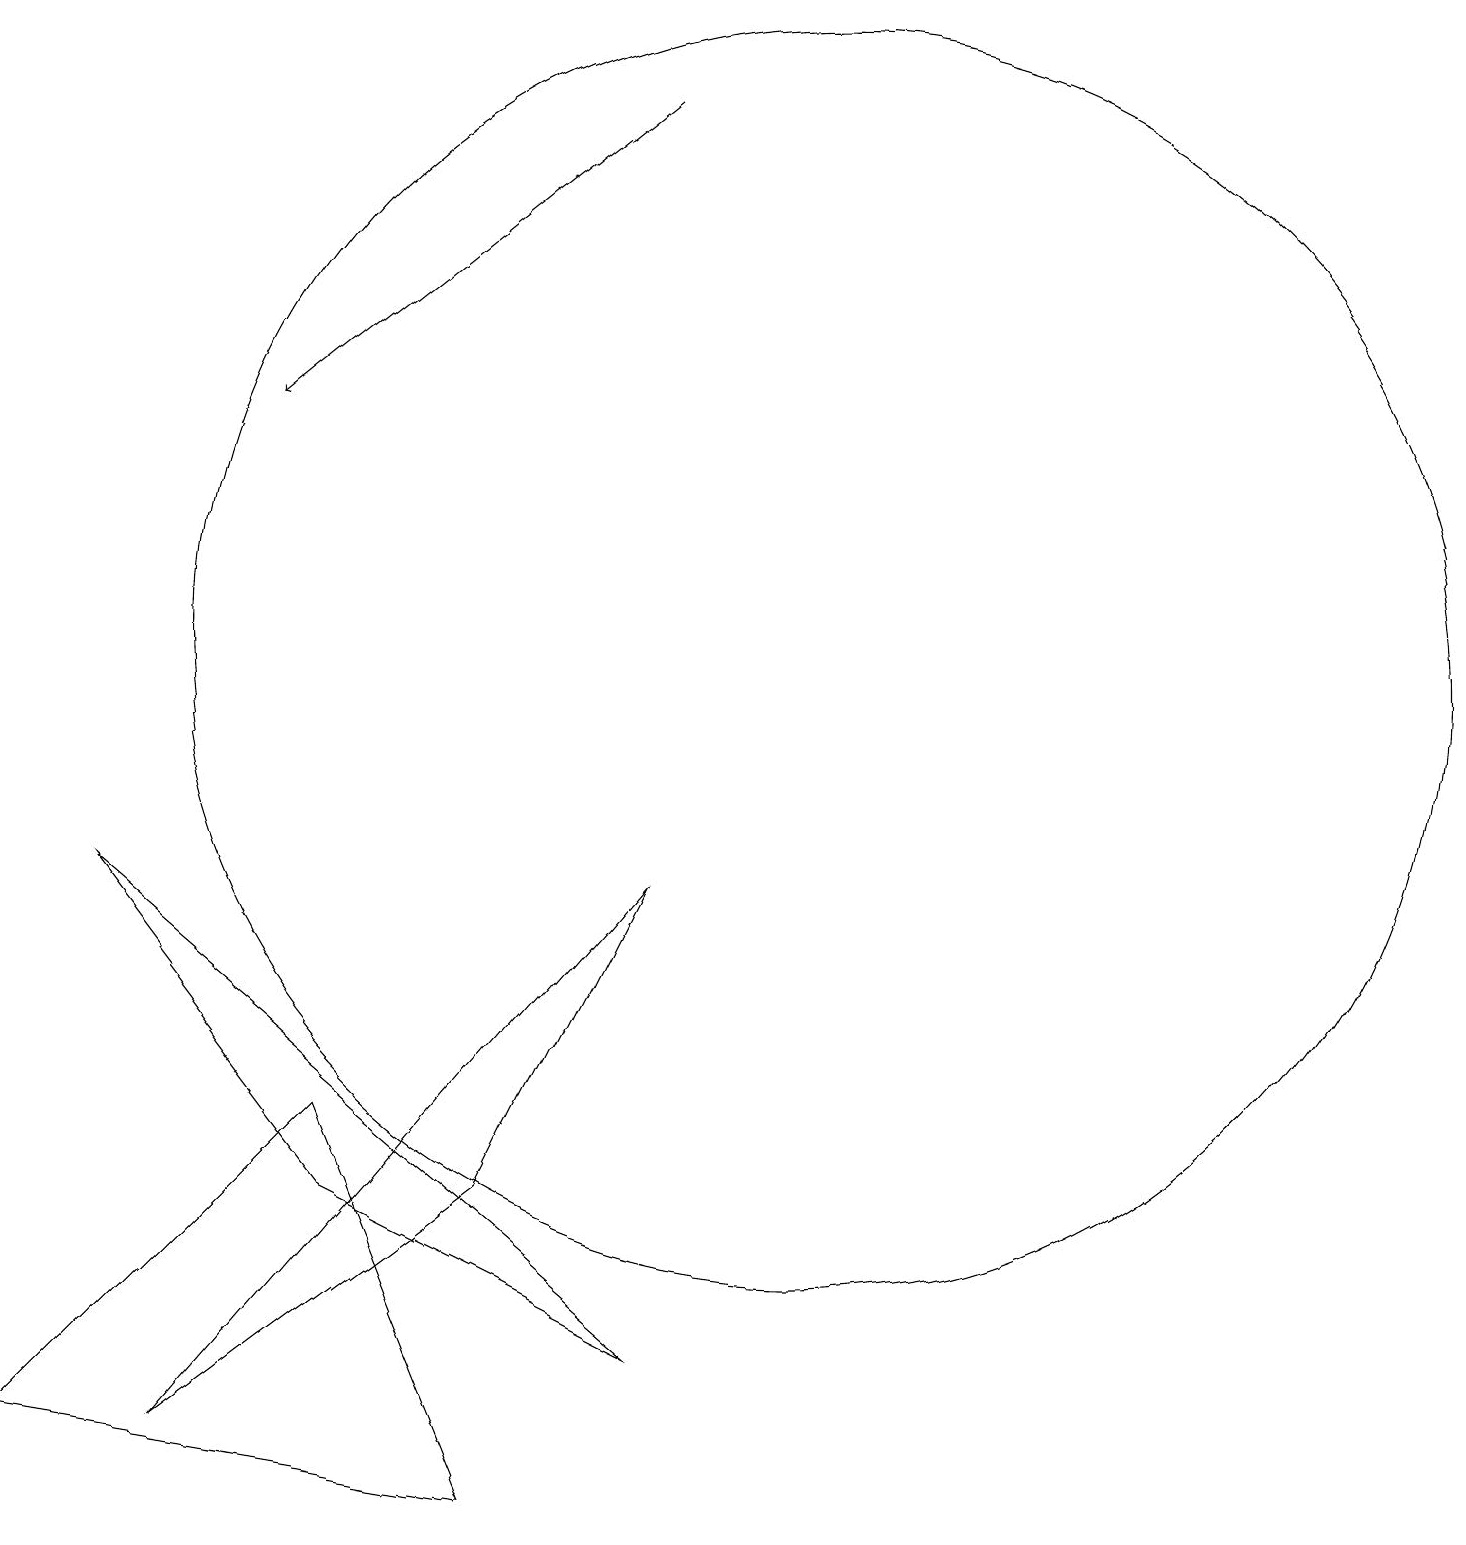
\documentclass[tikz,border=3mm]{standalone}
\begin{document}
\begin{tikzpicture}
\draw (3,1) -- (9,8) -- (7,4) -- cycle;
\draw (5,4) -- (9,2) -- (2,8) -- cycle;
\draw[->] (9,18) -- (4,14);
\draw (11,11) circle (8);
\draw (11,11) circle (0);
\draw (1,1) -- (5,5) -- (7,0) -- cycle;
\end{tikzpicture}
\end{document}